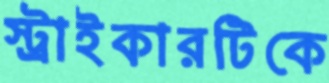
স্ট্রাইকারটিকে